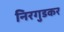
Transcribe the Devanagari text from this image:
निरगुडकर